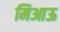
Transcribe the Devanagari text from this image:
मिआऊ